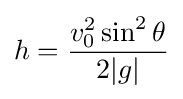
h={\frac {v_{0}^{2}\sin ^{2}\theta }{2|g|}}